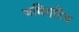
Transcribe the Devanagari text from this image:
अधिराटिय